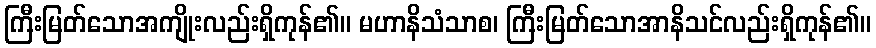
ကြီးမြတ်သောအကျိုးလည်းရှိကုန်၏။ မဟာနိသံသာစ၊ ကြီးမြတ်သောအာနိသင်လည်းရှိကုန်၏။